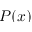
P ( x )